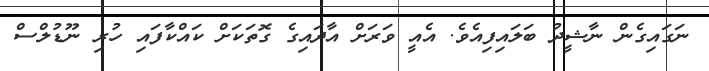
ނަގައިގެން ނާޝީދު ބަލައިފިއެވެ. އެއީ ވަރަށް އާދައިގެ ގޮތަކަށް ކައްކާފައި ހުރި ނޫޑުލްސް